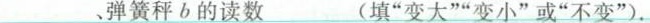
___、弹簧秤b的读数___(填”变大””变小”或”不变")。